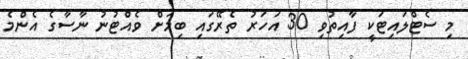
މި ސެޓްލައިޓަކީ ފާއިތުވި 30 އަހަރު ތެރޭގައި ބިމަށް ވެއްޓުނު ނާސާގެ އެންމެ